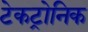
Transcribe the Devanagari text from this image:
टेकट्रोनिक